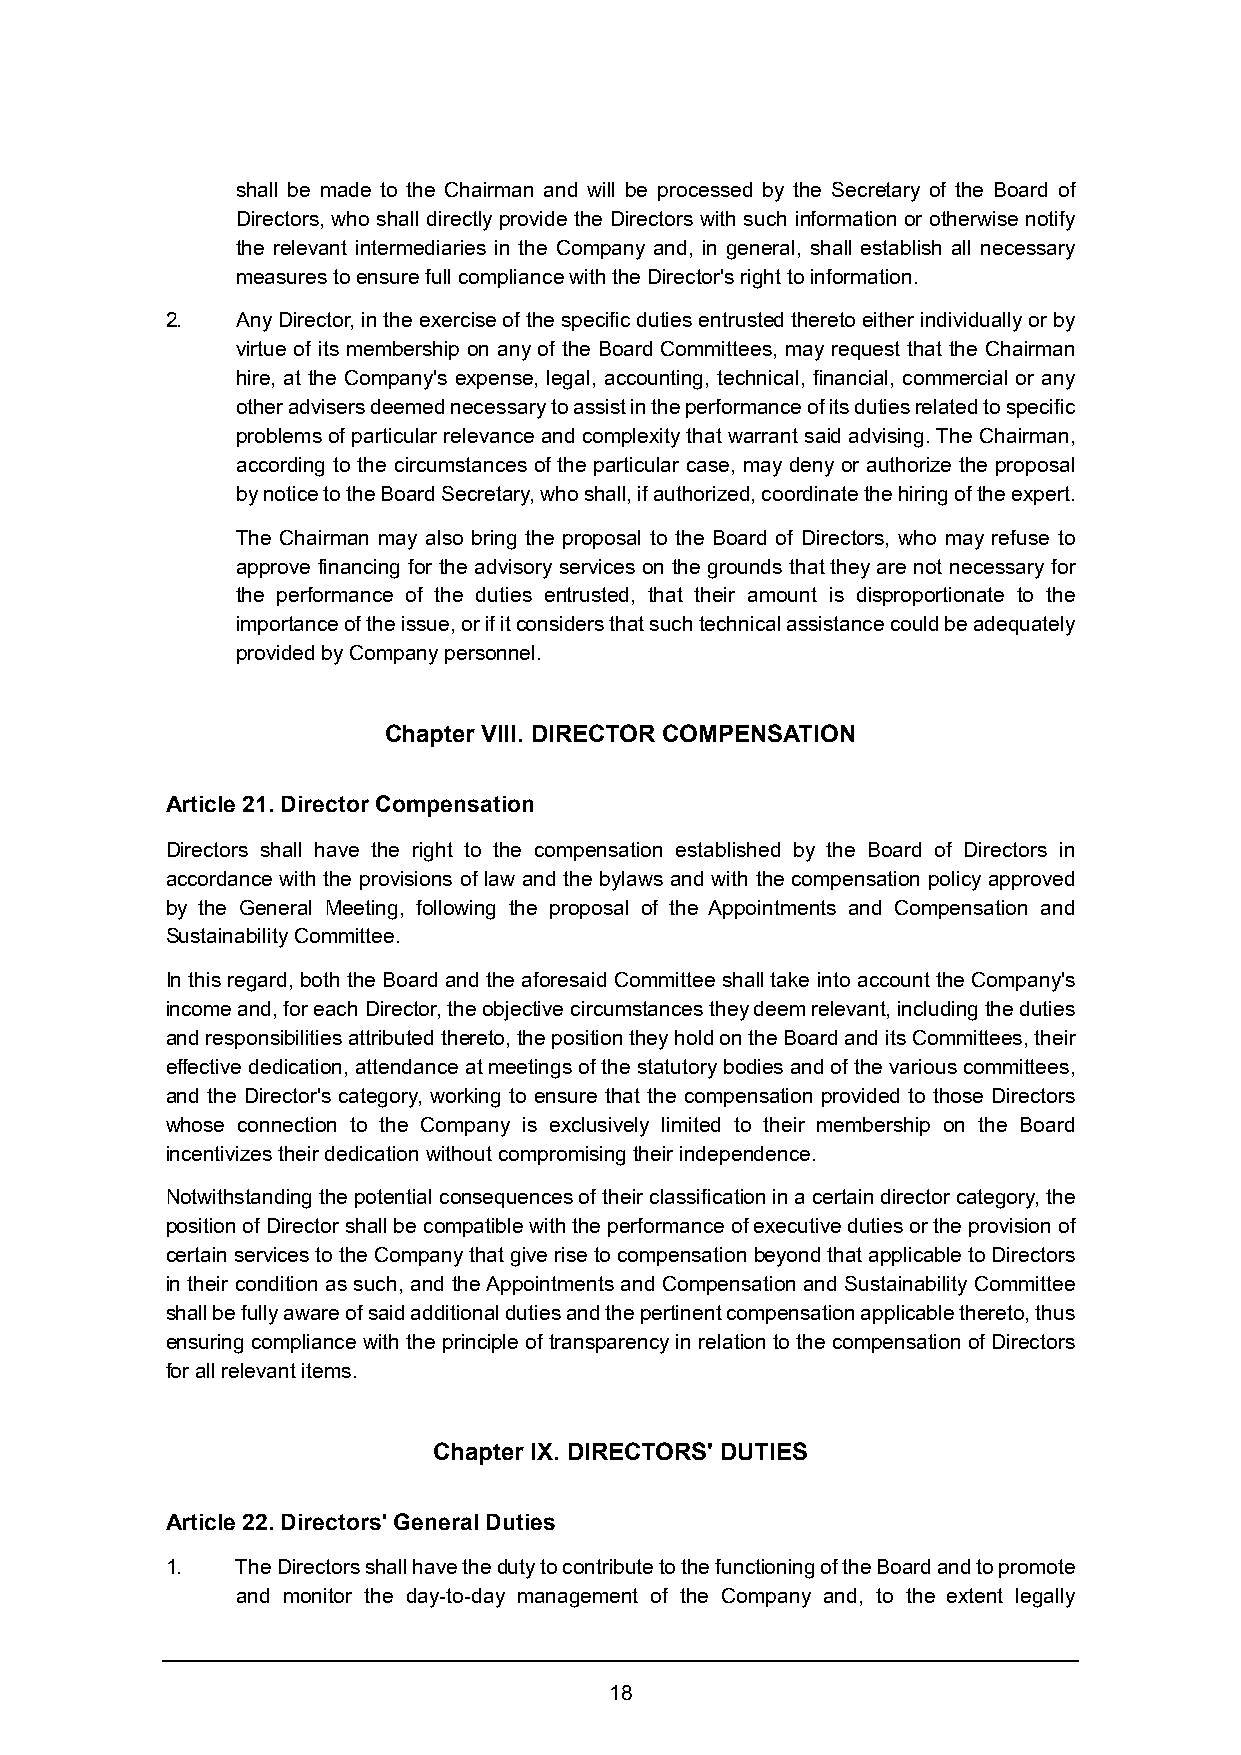
shall be made to the Chairman and will be processed by the Secretary of the Board of
 Directors, who shall directly provide the Directors with such information or otherwise notify
 the relevant intermediaries in the Company and, in general, shall establish all necessary
 measures to ensure full compliance with the Director's right to information.
 2.   Any Director, in the exercise of the specific duties entrusted thereto either individually or by
 virtue of its membership on any of the Board Committees, may request that the Chairman
 hire, at the Company's expense, legal, accounting, technical, financial, commercial or any
 other advisers deemed necessary to assist in the performance of its duties related to specific
 problems of particular relevance and complexity that warrant said advising. The Chairman,
 according to the circumstances of the particular case, may deny or authorize the proposal
 by notice to the Board Secretary, who shall, if authorized, coordinate the hiring of the expert.
 The Chairman may also bring the proposal to the Board of Directors, who may refuse to
 approve financing for the advisory services on the grounds that they are not necessary for
 the performance of the duties entrusted, that their amount is disproportionate to the
 importance of the issue, or if it considers that such technical assistance could be adequately
 provided by Company personnel.
 Chapter VIII. DIRECTOR COMPENSATION
 Article 21. Director Compensation
 Directors shall have the right to the compensation established by the Board of Directors in
 accordance with the provisions of law and the bylaws and with the compensation policy approved
 by the General Meeting, following the proposal of the Appointments and Compensation and
 Sustainability Committee.
 In this regard, both the Board and the aforesaid Committee shall take into account the Company's
 income and, for each Director, the objective circumstances they deem relevant, including the duties
 and responsibilities attributed thereto, the position they hold on the Board and its Committees, their
 effective dedication, attendance at meetings of the statutory bodies and of the various committees,
 and the Director's category, working to ensure that the compensation provided to those Directors
 whose connection to the Company is exclusively limited to their membership on the Board
 incentivizes their dedication without compromising their independence.
 Notwithstanding the potential consequences of their classification in a certain director category, the
 position of Director shall be compatible with the performance of executive duties or the provision of
 certain services to the Company that give rise to compensation beyond that applicable to Directors
 in their condition as such, and the Appointments and Compensation and Sustainability Committee
 shall be fully aware of said additional duties and the pertinent compensation applicable thereto, thus
 ensuring compliance with the principle of transparency in relation to the compensation of Directors
 for all relevant items.
 Chapter IX. DIRECTORS' DUTIES
 Article 22. Directors' General Duties
 1.   The Directors shall have the duty to contribute to the functioning of the Board and to promote
 and monitor the day-to-day management of the Company and, to the extent legally
 18